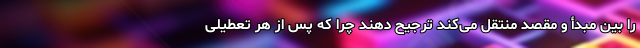
را بین مبدأ و مقصد منتقل می‌کند ترجیح دهند چرا که پس از هر تعطیلی